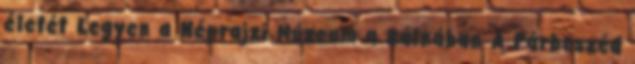
életét Legyen a Néprajzi Múzeum a Bálnában A Párbeszéd